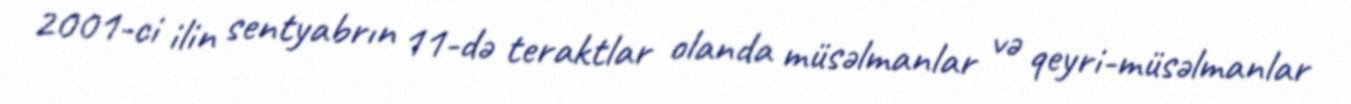
2001-ci ilin sentyabrın 11-də teraktlar olanda müsəlmanlar və qeyri-müsəlmanlar